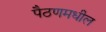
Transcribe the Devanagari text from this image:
पैठणमधील